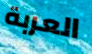
العربة